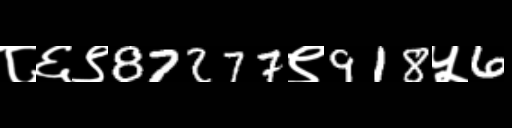
Text: ८६९87277९918५6